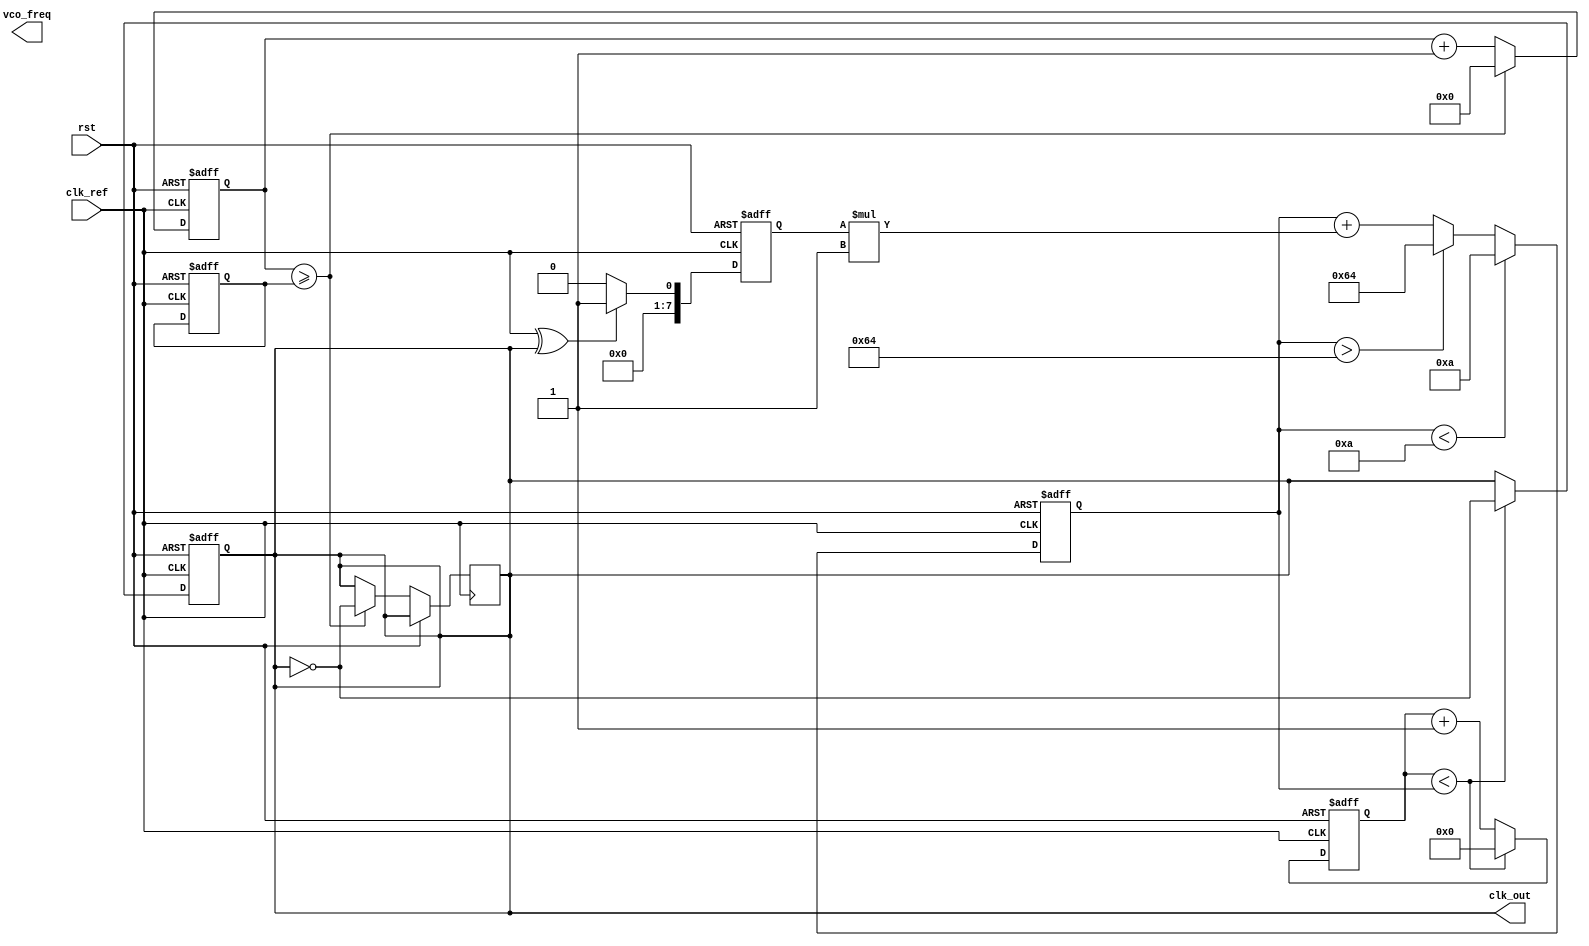
module fractional_n_pll (
    input wire clk_ref,          // Reference clock input
    input wire rst,              // Reset signal
    output reg clk_out,          // Output clock
    output reg [7:0] vco_freq    // VCO frequency output (for monitoring)
);

// Parameters
parameter N_INT = 4;            // Integer division ratio
parameter N_FRAC = 3;           // Fractional division ratio
parameter VCO_MAX_FREQ = 100;   // Maximum VCO frequency
parameter VCO_MIN_FREQ = 10;    // Minimum VCO frequency
parameter LOOP_FILTER_GAIN = 1; // Loop filter gain

// Internal signals
reg [7:0] phase_error;           // Phase error signal from phase detector
reg [7:0] control_voltage;        // Control voltage to VCO
reg [7:0] vco_count;              // VCO counter
reg [31:0] divider_count;         // Frequency divider counter
reg [31:0] divider_target;        // Target count for division
reg [31:0] fractional_count;      // Counter for fractional division
reg [31:0] fractional_sum;        // Sum for fractional division

// Phase Detector (PD) - Simple XOR for demonstration
always @(posedge clk_ref or posedge rst) begin
    if (rst) begin
        phase_error <= 0;
    end else begin
        // Example phase detector logic (XOR)
        phase_error <= (clk_ref ^ clk_out) ? 1 : 0;
    end
end

// Loop Filter (LF) - Simple integrator for demonstration
always @(posedge clk_ref or posedge rst) begin
    if (rst) begin
        control_voltage <= 0;
    end else begin
        control_voltage <= control_voltage + (phase_error * LOOP_FILTER_GAIN);
        // Clamp control voltage to VCO range
        if (control_voltage > VCO_MAX_FREQ) control_voltage <= VCO_MAX_FREQ;
        if (control_voltage < VCO_MIN_FREQ) control_voltage <= VCO_MIN_FREQ;
    end
end

// Voltage-Controlled Oscillator (VCO)
always @(posedge clk_ref or posedge rst) begin
    if (rst) begin
        vco_count <= 0;
        clk_out <= 0;
    end else begin
        // Simple VCO implementation based on control voltage
        if (vco_count < control_voltage) begin
            clk_out <= ~clk_out; // Toggle output clock
            vco_count <= 0;      // Reset counter
        end else begin
            vco_count <= vco_count + 1;
        end
    end
end

// Frequency Divider with Fractional Control
always @(posedge clk_ref or posedge rst) begin
    if (rst) begin
        divider_count <= 0;
        fractional_count <= 0;
        fractional_sum <= 0;
        divider_target <= N_INT + N_FRAC; // Total division target
    end else begin
        // Increment divider count
        divider_count <= divider_count + 1;
        
        // Check if we need to toggle the output clock
        if (divider_count >= divider_target) begin
            divider_count <= 0; // Reset count
            clk_out <= ~clk_out; // Toggle output clock
            fractional_sum <= fractional_sum + N_FRAC; // Add fractional part
            if (fractional_sum >= N_INT) begin
                fractional_sum <= fractional_sum - N_INT; // Adjust fractional sum
                clk_out <= ~clk_out; // Additional toggle for fractional part
            end
        end
    end
end

endmodule